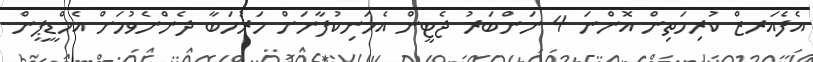
އެފެއަރޒް ކުރިމަތިން އޮންނަ 4 ނަންބަރު ޖެޓީން އެމަނިކުފާނަށް މަރުހަބާ ދެންނެވުމަށް އެމްޑީޕީން